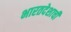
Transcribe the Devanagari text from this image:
भारतदेशाची